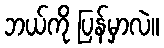
ဘယ်ကို ပြန်မှာလဲ။